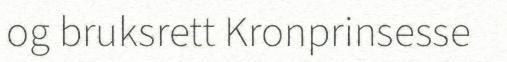
og bruksrett Kronprinsesse